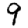
Digit: 9